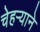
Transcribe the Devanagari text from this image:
चेहऱ्याने